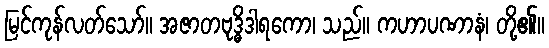
မြင်ကုန်လတ်သော်။ အဇာတဗုဒ္ဓိဒါရကော၊ သည်။ ကဟာပဏာနံ၊ တို့၏။